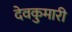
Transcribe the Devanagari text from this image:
देवकुमारी